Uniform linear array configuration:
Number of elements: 16
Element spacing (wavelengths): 1
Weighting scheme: uniform
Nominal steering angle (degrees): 45
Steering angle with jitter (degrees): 44.442
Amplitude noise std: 0.05
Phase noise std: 0.05

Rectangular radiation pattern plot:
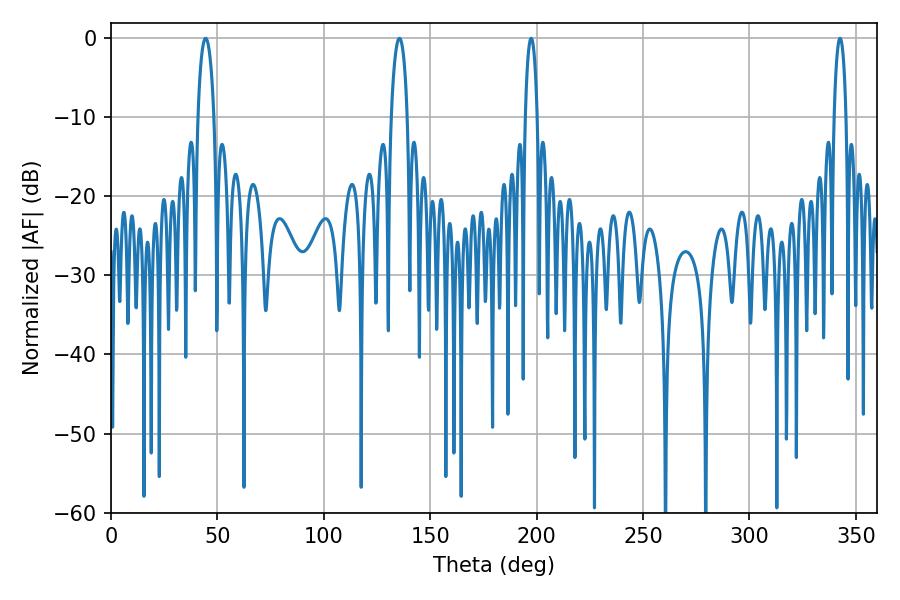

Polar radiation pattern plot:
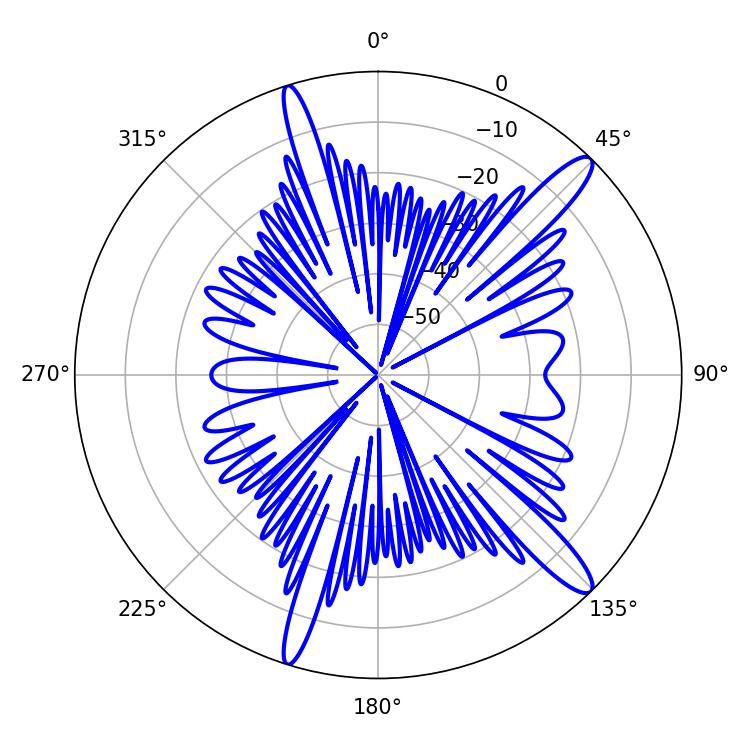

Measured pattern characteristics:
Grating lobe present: TRUE
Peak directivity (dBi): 13.827
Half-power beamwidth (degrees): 4.32
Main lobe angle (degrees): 44.46